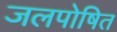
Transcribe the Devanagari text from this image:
जलपोषित